Statistical return of the lunatic asylum in Assam - 1912-1932
Year: 1912
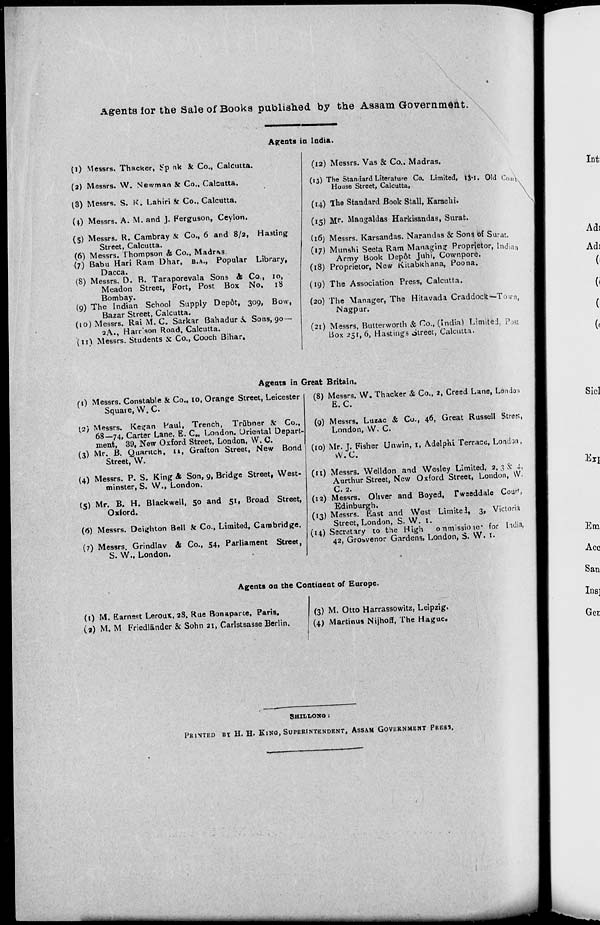
Agents tor the Sale of Books published by the Assam Government.
Agents in India.
(i) Messrs. Thacker, ir'p nk k Co., Calcutta.
(2) Messrs. W. Newman k Co., Calcutta.
13) Messrs. S. K. Lahiri k Co., Calcutta.
U) Messrs. A. M. and J. Ferguson, Ceylon.
(5) Messrs. R. Cambray & Co., 6 and 8/2, Ha3ting
Street, Calcutta.
(6) Messrs. Thompson & Co., Madras.
{7) Babu Kari Ram Dhar, B.A., Popular Library,
Dacca.
(8) Messrs. D. B. Taraporevala Sons & Co., 10,
Meadon Street, Fort, Post Box No. 18
Bombay.
(9) The Indian School Supply Dep&t, 309, Bow,
Bazar Street, Calcutta.
(10) Messrs. Rai M. C. Sarkar Bahadur k Sons, 90 —
2A., Harr'son Road, Calcutta,
(ti) Messrs. Students & Co., Cooch Bihar.
(12) Messrs. Vas & Co., Madras.
(13) The Standard Literature Co. Limited, tl-i. Old (\,„,v
House Street, Calcutta,
u,k N
(14) The Standard Book Stall, Karachi.
(15) M»*. Mangaldas Harkisandas, Surat.
(16) Messrs. Karsandas. Narandas & Sons of Surat.
(«7) Munshi Seeta Ram Managing Proprietor, Indian
Army Book Depot Juhi, Cownpore.
(18) Proprietor, New Kitabkhana, Poona.
(19) The Association Press, Calcutta.
(20) The Manager, The Hitavada Craddock—Town,
Nagpur.
(21) Messrs, Butterworth & Co., (India) Limited. Pjst
Box 251, 6, Hastings otreet, Calcutta.
Agents in Great Britain.
(t) Messrs. Constable k Co., to, Orange Street, Leicester
Square, W. C.
(,2) Messrs. Regan Paul, Trench, Trubner k Co.,
68—74, Carter Lane, E. C„ London. Oriental Depart-
ment, 39, New Oxford Street, London, W. C.
(3) Mr. B. Cjuantch, 11, Grafton Street, New Bond
Street, W.
(4) Messrs. P. S. King & Son, 9, Bridge Street, West-
minster, S. W., London.
(5) Mr. B. H. Blackwell, 50 and 51, Broad Street,
Oxford.
(6) Messrs. Deighton Bell Sc Co., Limited, Cambridge.
(7) Messrs. Grindlav & Co., 54, Parliament Street,
S. W., London.
(8) Messrs. W. Thacker & Co., 2, Creed Lane, Londa;;
E. C.
(9) Messrs. Luzac & Co., 46, Great Russell Street,
London, W. C.
(10) Mr. J. Fisher Unwin, 1, Adelphi Terrace, London,
W.C.
(11) Messrs. Welldon and Wesley Limited, 2, 3 Sc 4,
Aurthur Street, New Oxford Street, London, W.
C. 2.
(12) Messrs. Oliver and Boyed, Tweeddale Cour',
Edinburgh.
(13) Messrs. East and West Limitel, 3, Victoria
Street, London, S. W. l.
(14) Secretary to the High onmissioie- for India,
42, Grosvenor Gardens, London, S. W. 1.
Agents on the Continent of Europe.
(1) M. Earnest Leroux, 28, Rue Bonaparte, Paris.
(2) M. M Friedlander & Sohn 21, Carlstsasse Berlin.
(3) M. Otto Harrassowitz, Leipzig.
(4) Martinus Nijhoff, The Hague.
SHIIiliONQ :
PRINTED BT H, H. KING, SUPERINTENDENT, ASSAM GOVERNMENT PRESS.